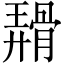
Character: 𬴑